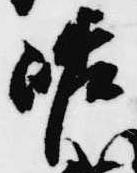
嵯